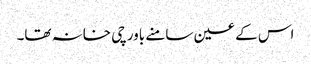
اس کے عین سامنے باورچی خانہ تھا۔